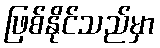
ဖြစ်နိုင်သည်မှာ